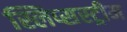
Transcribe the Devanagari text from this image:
स्लिप्सस्ट्रीम